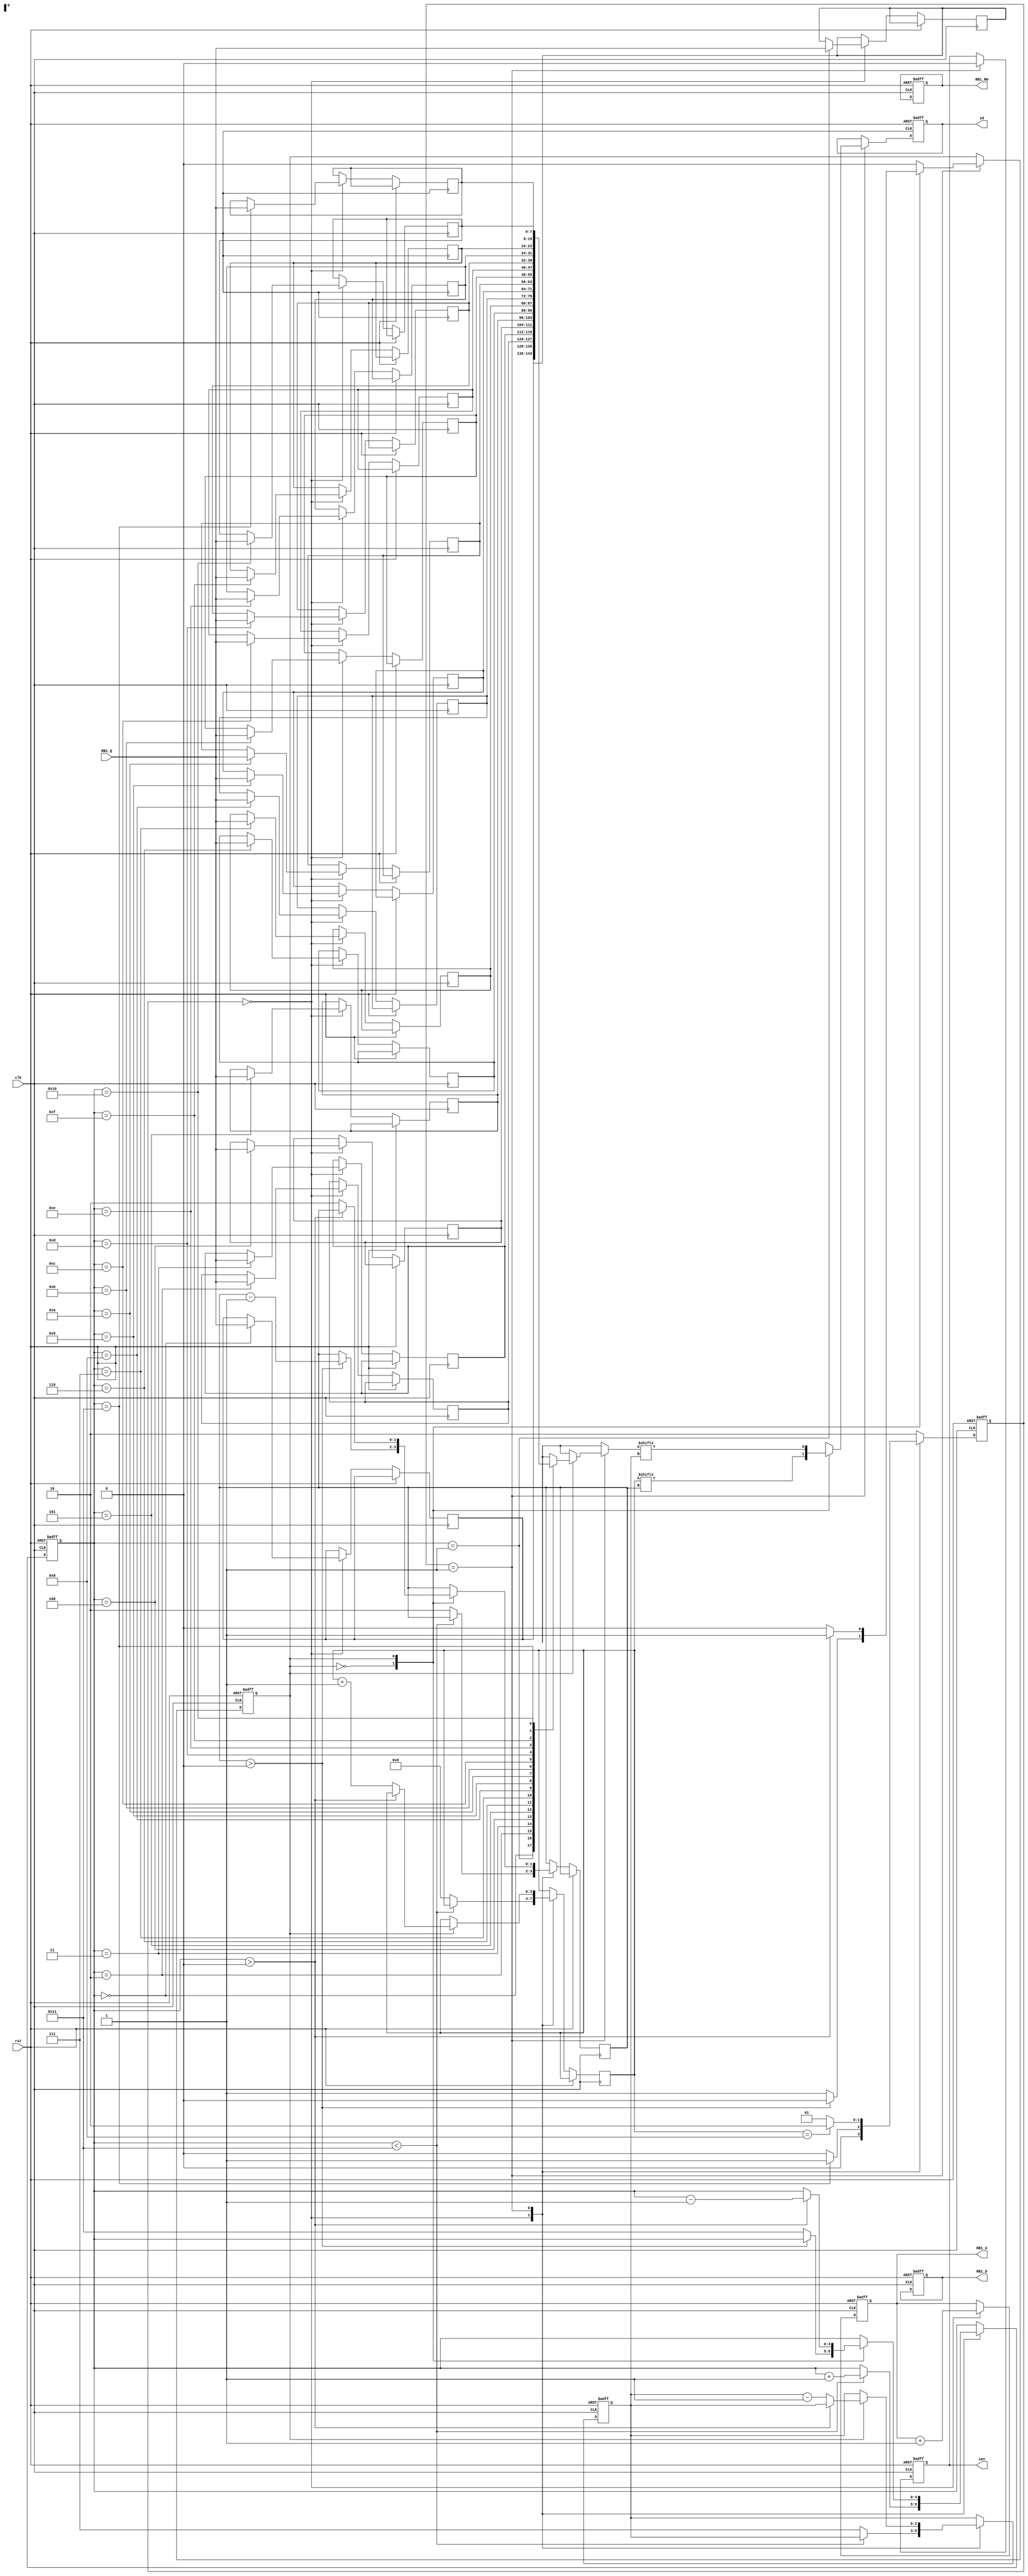
module S1(clk,
	  rst,
	  RB1_RW,
	  RB1_A,
	  RB1_D,
	  RB1_Q,
	  sen,
	  sd);

  input clk,
        rst;

  output reg RB1_RW;
  
  output reg[4:0] RB1_A;
  
  output reg[7:0] RB1_D;
  
  input [7:0] RB1_Q;
  
  output reg sen,
        sd;

reg [7:0] buff[0:17];  
reg [4:0] cnt; // counter
reg [3:0] pcnt;
reg [2:0] icnt; //package address counter
reg [1:0] acnt; //address counter
reg [1:0] cur, next;
reg state;

parameter read = 2'd0;
parameter pass = 2'd1;
parameter byebye = 2'd2;

parameter addr = 1'd0;
parameter data = 1'd1;

always @(*)begin
      case(cur)
      read:
      begin
            if(cnt == 5'd17)next = pass;
            else next = read;
      end
      pass:
      begin
            if(pcnt == 4'd8)next = byebye;
            else next = pass;
      end
      byebye:
      begin
	    next = byebye;
      end
      default:
      begin
	    next = byebye;
      end
      endcase
end

always @(negedge clk or posedge rst) begin
      if(rst)
      begin
            cur <= read;
            cnt <= 5'd0;
            RB1_RW <= 1;
            sen <= 1;
            RB1_A <= 0;
            RB1_D <= 0;
            sd <= 0;
            state <= addr;
            icnt <= 3'd7;
      end 
      else
      begin
            cur <= next;
            case(cur)
            read:
            begin
                  buff[cnt] <= RB1_Q;
                  if(cnt<5'd17) 
                  begin
                      cnt <= cnt+5'd1;
                  end
                  else 
                  begin
                        icnt <= 3'd7;
                        pcnt <= 4'd0; 
                        acnt <= 2'd2;
			//sen <= 0;
                  end
                  RB1_A <= RB1_A + 1;
            end
            pass:
            begin
                  sen <= 0;
                  case(state)
                  addr:
                  begin
                        if(acnt>0)acnt <= acnt-2'd1;
                        else
                        begin
                              cnt <= 5'd17;
                              state <= data;
                        end
                        sd <= pcnt[acnt];
                  end
                  data:
                  begin
                        if(cnt > 0)cnt <= cnt - 5'd1;
                        else
                        begin
                              
                              pcnt <= pcnt+1;
                              icnt <= icnt-1;
                              acnt <= 2'd2;
                              state <= addr;
                        end
                        sd <= buff[cnt][icnt];
                  end
                  endcase
            end	
            endcase
      end
end



endmodule